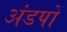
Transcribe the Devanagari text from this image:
अंडपों